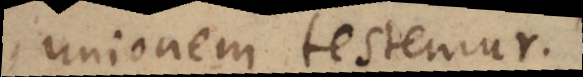
unionem testemur.